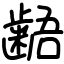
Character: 𪘚